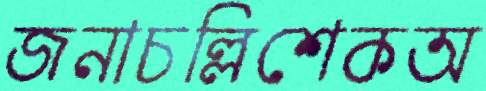
জনাচল্লিশেকঅ